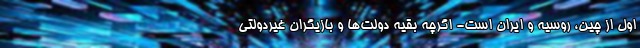
اول از چین، روسیه و ایران است- اگرچه بقیه دولت‌‌ها و بازیگران غیردولتی